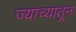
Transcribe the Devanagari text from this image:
ज्याच्यातून